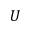
U